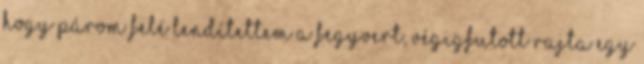
hogy párom felé lendítettem a fegyvert, végigfutott rajta egy